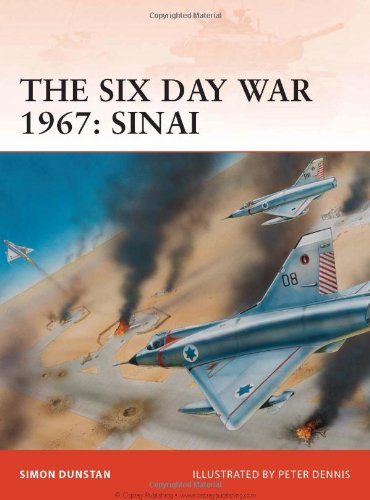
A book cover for The Six Day War 1967: Sinai (Campaign); Simon Dunstan; History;